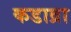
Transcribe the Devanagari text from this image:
कडाव्रा